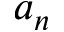
a _ { n }